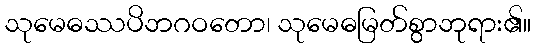
သုမေဓဿပိဘဂဝတော၊ သုမေဓမြတ်စွာဘုရား၏။